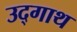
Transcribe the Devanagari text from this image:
उद्गाथ